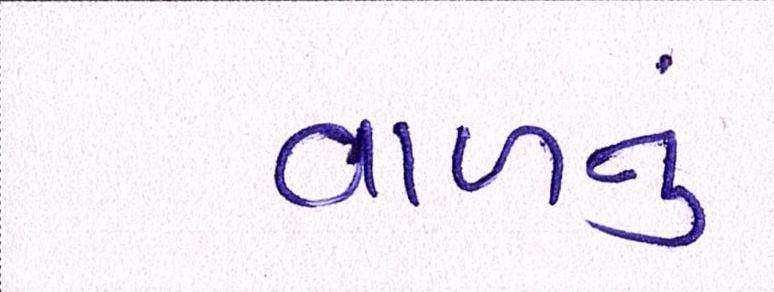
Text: વાળનું